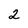
Character: 2